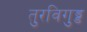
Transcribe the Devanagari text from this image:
तुरविगुड्ड